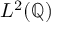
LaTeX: L ^ { 2 } ( \mathbb { Q } )